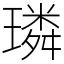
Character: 璘